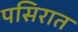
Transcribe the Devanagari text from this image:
पसिरात